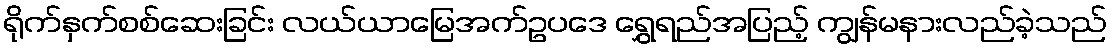
ရိုက်နှက်စစ်ဆေးခြင်း လယ်ယာမြေအက်ဥပဒေ ရွှေရည်အပြည့် ကျွန်မနားလည်ခဲ့သည်